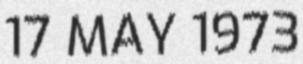
17 MAY 1973